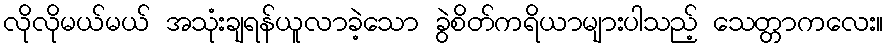
လိုလိုမယ်မယ် အသုံးချရန်ယူလာခဲ့သော ခွဲစိတ်ကရိယာများပါသည့် သေတ္တာကလေး။